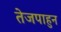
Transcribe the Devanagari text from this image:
तेजपाहुन